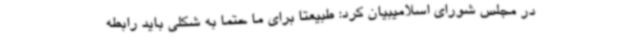
در مجلس شورای اسلامیبیان کرد: طبیعتا برای ما حتما به شکلی باید رابطه